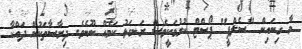
މާ ގިނައިން "ސެލްފީ" ޕޯސްޓް ކުރުމަކީވެސް ރަނގަޅު ކަމެއް ނޫނެވެ. ދިރާސާތަކުން ދައްކާ